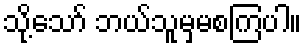
သို့သော် ဘယ်သူမှမစကြပါ။